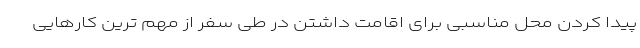
پیدا کردن محل مناسبی برای اقامت داشتن در طی سفر از مهم ترین کارهایی